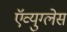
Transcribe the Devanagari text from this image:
ऍव्युग्लेस